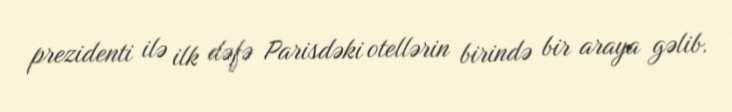
prezidenti ilə ilk dəfə Parisdəki otellərin birində bir araya gəlib.